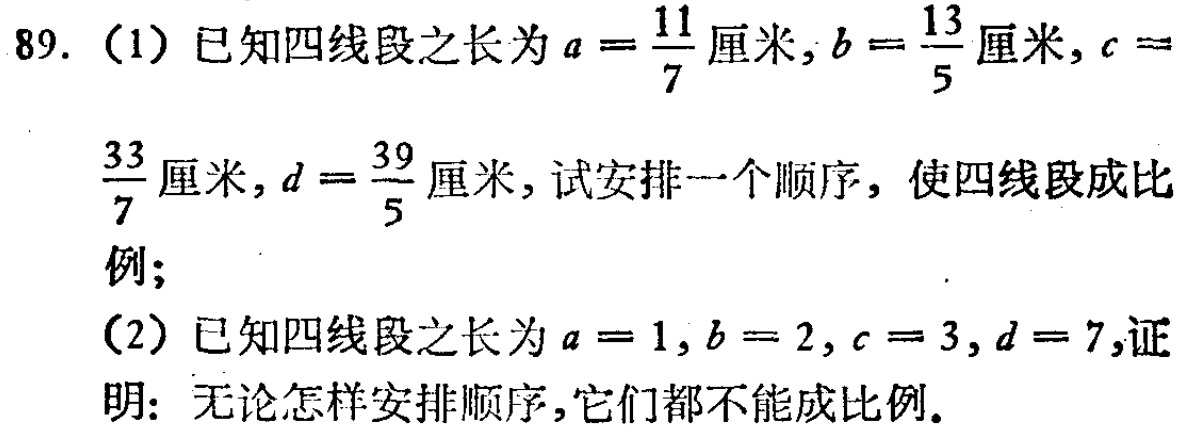
89. (1) 已知四线段之长为\(a = \frac{11}{7}\)厘米，\(b = \frac{13}{5}\)厘米，\(c = \frac{33}{7}\)厘米，\(d = \frac{39}{5}\)厘米，试安排一个顺序，使四线段成比例；
(2) 已知四线段之长为\(a = 1\)，\(b = 2\)，\(c = 3\)，\(d = 7\)，证明：无论怎样安排顺序，它们都不能成比例。